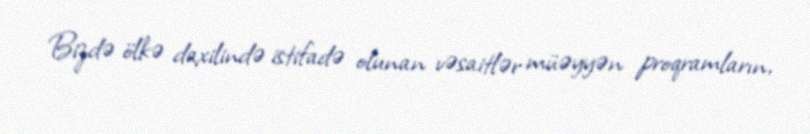
Bizdə ölkə daxilində istifadə olunan vəsaitlər müəyyən proqramların,